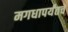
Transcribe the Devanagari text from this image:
मगधापर्यंतचे